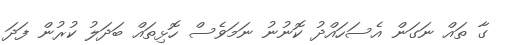
ގާ ތައް ނަގަން އެސަހައްދު ކޮނުނު ނަމަވެސް ހޮޅިތައް ބަދަލު ކުރުން ފަދަ